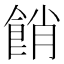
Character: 𩛱